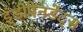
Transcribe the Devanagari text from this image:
इंडीपेनडेंट्स